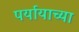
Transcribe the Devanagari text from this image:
पर्यायाच्या